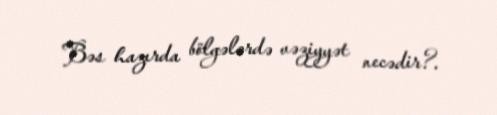
Bəs hazırda bölgələrdə vəziyyət necədir?.